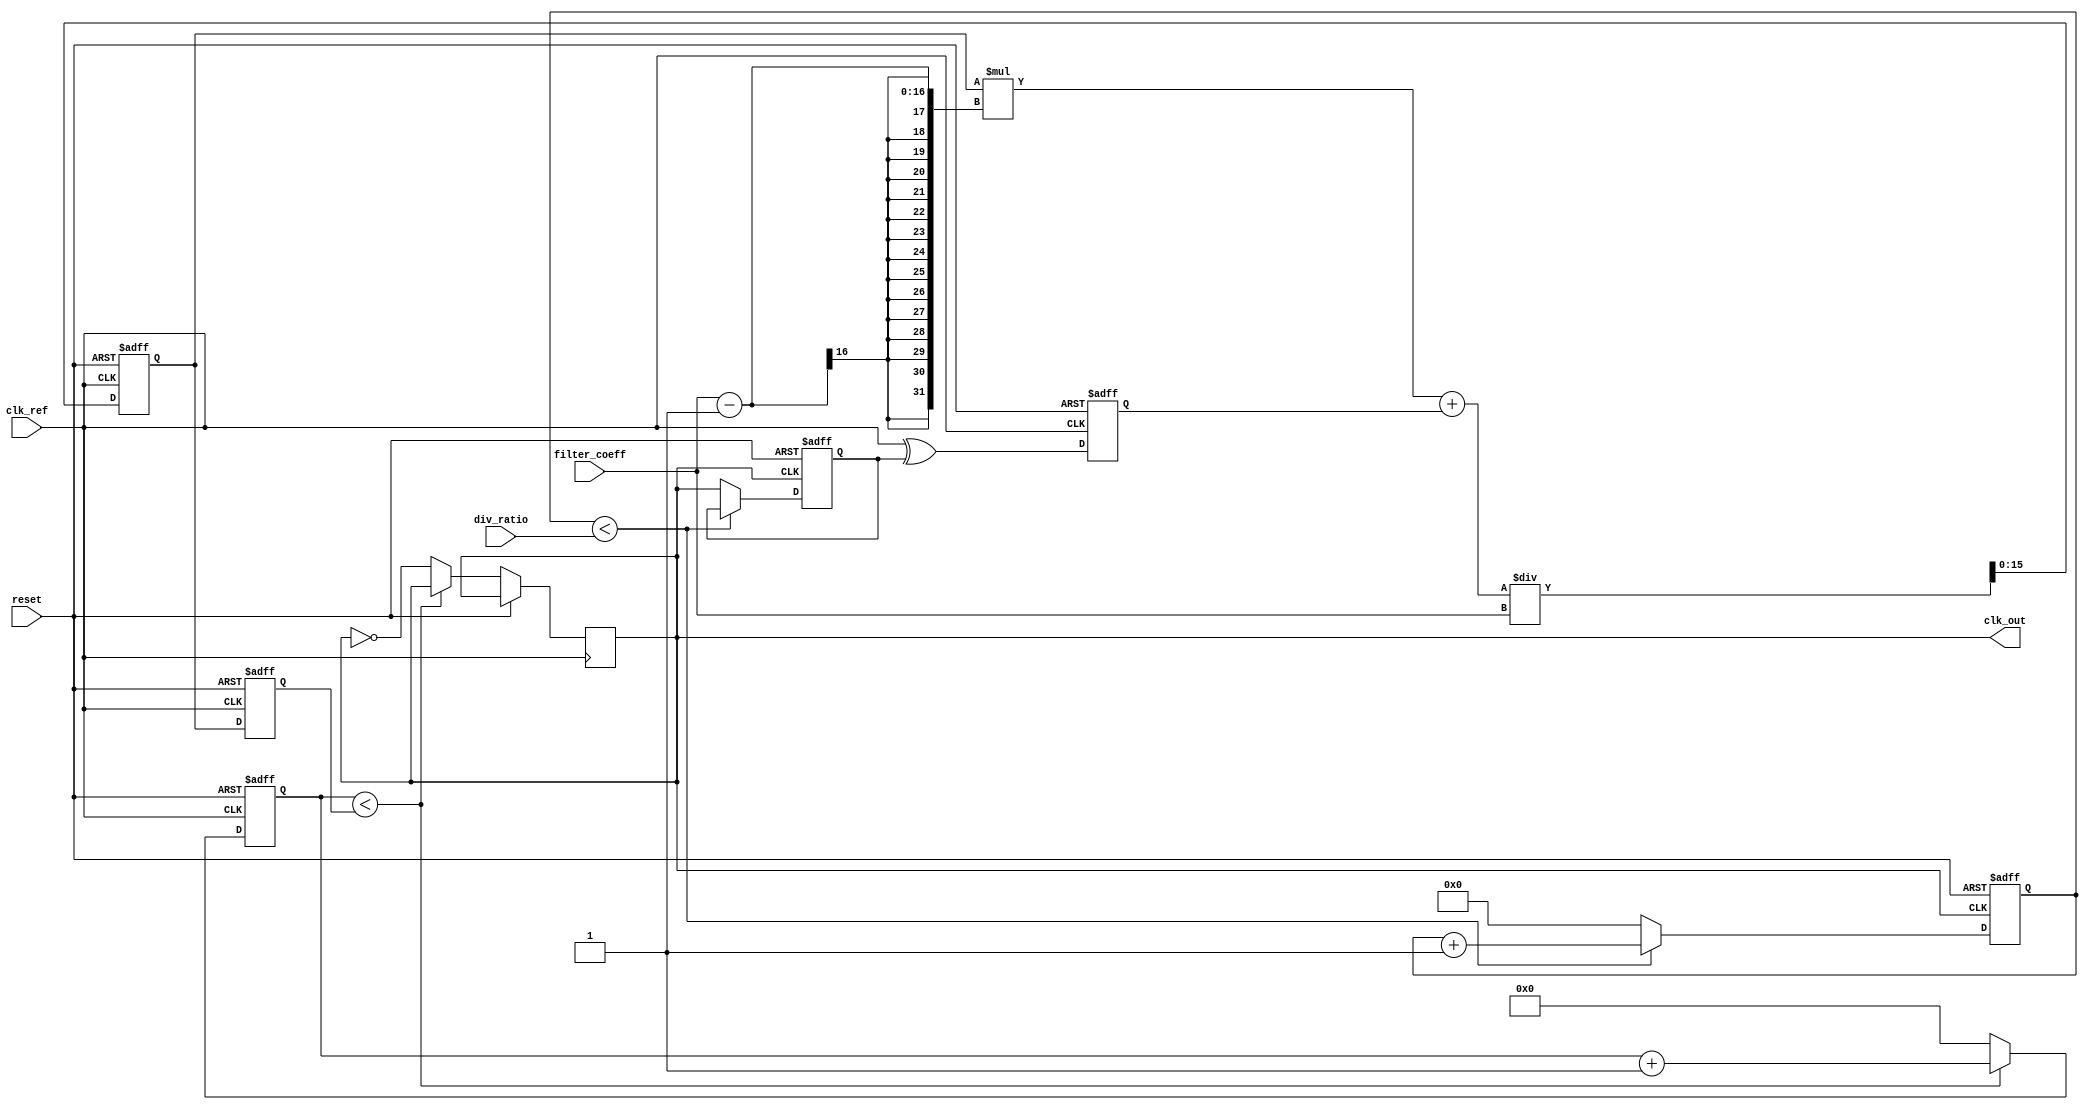
module fractional_PLL (
    input wire clk_ref,          // Reference clock input
    input wire reset,            // Reset signal
    input wire [7:0] div_ratio,  // Division ratio for frequency divider
    input wire [15:0] filter_coeff, // Loop filter coefficient
    output reg clk_out           // Output clock
);
    
    // Phase Detector (PD)
    reg phase_error;             // Phase error signal
    reg feedback_signal;         // Feedback signal from the frequency divider

    // Loop Filter
    reg [15:0] filtered_error;   // Filtered error signal

    // Voltage-Controlled Oscillator (VCO)
    reg [15:0] vco_frequency;    // VCO frequency control
    reg [15:0] vco_counter;      // VCO counter for generating clk_out

    // Frequency Divider
    reg [7:0] div_counter;       // Counter for frequency division

    // Memory Blocks
    reg [7:0] mem_div_ratio;     // Memory for division ratio
    reg [15:0] mem_filter_coeff;  // Memory for filter coefficient

    // Initialization
    initial begin
        clk_out = 0;
        filtered_error = 0;
        vco_frequency = 0;
        vco_counter = 0;
        div_counter = 0;
        mem_div_ratio = div_ratio;
        mem_filter_coeff = filter_coeff;
    end

    // Phase Detector
    always @(posedge clk_ref or posedge reset) begin
        if (reset) begin
            phase_error <= 0;
        end else begin
            // Simple phase error detection (for example, XOR)
            phase_error <= clk_ref ^ feedback_signal;
        end
    end

    // Loop Filter
    always @(posedge clk_ref or posedge reset) begin
        if (reset) begin
            filtered_error <= 0;
        end else begin
            // Simple low-pass filter (1st order)
            filtered_error <= (filtered_error * (mem_filter_coeff - 1) + phase_error) / mem_filter_coeff;
        end
    end

    // Voltage-Controlled Oscillator (VCO)
    always @(posedge clk_ref or posedge reset) begin
        if (reset) begin
            vco_frequency <= 0;
            vco_counter <= 0;
        end else begin
            // Adjust VCO frequency based on filtered error
            vco_frequency <= filtered_error; // Control frequency based on error signal

            // Generate output clock signal
            if (vco_counter < vco_frequency) begin
                vco_counter <= vco_counter + 1;
            end else begin
                clk_out <= ~clk_out; // Toggle output clock
                vco_counter <= 0;
            end
        end
    end

    // Frequency Divider
    always @(posedge clk_out or posedge reset) begin
        if (reset) begin
            div_counter <= 0;
            feedback_signal <= 0;
        end else begin
            if (div_counter < mem_div_ratio) begin
                div_counter <= div_counter + 1;
            end else begin
                feedback_signal <= clk_out; // Feedback signal for phase detector
                div_counter <= 0;
            end
        end
    end
endmodule